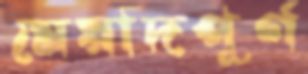
মেয়াদপূর্ণ